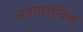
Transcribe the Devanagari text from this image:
अवतारादिक